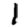
Digit: 1